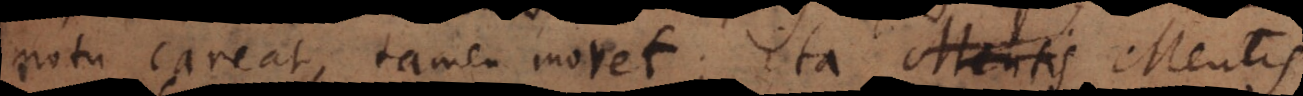
motu careat, tamen movet; ita Mentis